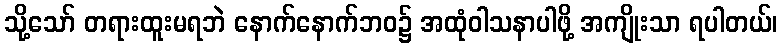
သို့သော် တရားထူးမရဘဲ နောက်နောက်ဘဝ၌ အထုံဝါသနာပါဖို့ အကျိုးသာ ရပါတယ်၊